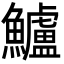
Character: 鱸